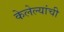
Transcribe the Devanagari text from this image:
केलेल्यांची